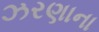
ઝરણાના